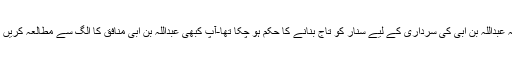
کتابِ مذکورہ میں گو کہ اس کے آگے پیچھے کئی بار ذکر ہوا کہ عبداللہ بن اُبی کی سرداری کے لیے سنار کو تاج بنانے کا حکم ہو چکا تھا-آپ کبھی عبداللہ بن اُبی منافق کا الگ سے مطالعہ کریں کہ سرکار دو عالم (ﷺ) سے اس کی منافقت کے اسباب کیا تھے؟